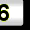
Digit: 6